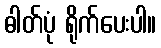
ဓါတ်ပုံ ရိုက်ပေးပါ။